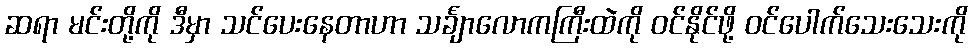
ဆရာ မင်းတို့ကို ဒီမှာ သင်ပေးနေတာဟာ သင်္ချာလောကကြီးထဲကို ဝင်နိုင်ဖို့ ဝင်ပေါက်သေးသေးကို